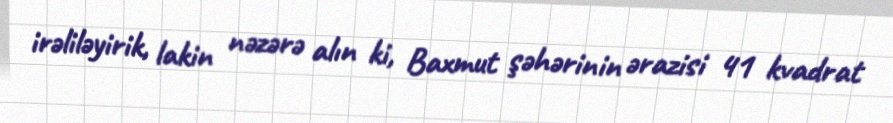
irəliləyirik, lakin nəzərə alın ki, Baxmut şəhərinin ərazisi 41 kvadrat